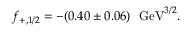
f _ { + , 1 / 2 } = - ( 0 . 4 0 \pm 0 . 0 6 ) ~ ~ \mathrm { G e V } ^ { 3 / 2 } .